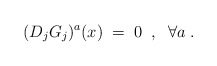
\begin{align*}(D_j G_j)^a (x) \;=\; 0 \;\;,\;\; \forall a \;.\end{align*}